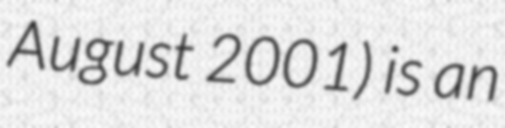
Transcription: August 2001) is an